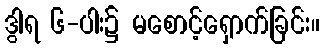
ဒွါရ ၆-ပါး၌ မစောင့်ရှောက်ခြင်း။